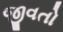
જીવતો